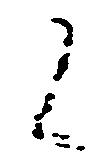
候